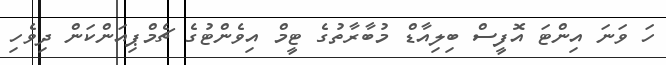
ހަ ވަނަ އިންޓަ އޮފީސް ބިލިއާޑް މުބާރާތުގެ ޓީމް އިވެންޓުގެ ޗެމްޕިއަންކަން ދިވެހި